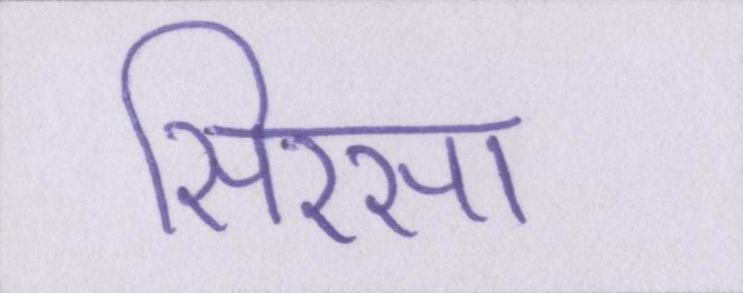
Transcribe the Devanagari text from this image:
सिरसा